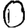
Digit: 0